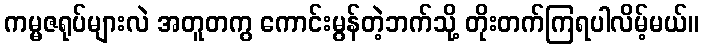
ကမ္မဇရုပ်များလဲ အတူတကွ ကောင်းမွန်တဲ့ဘက်သို့ တိုးတက်ကြရပါလိမ့်မယ်။